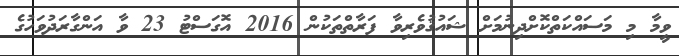
ވީމާ މި މަސައްކަތްކޮށްދިނުމަށް ޝައުޤުވެރިވާ ފަރާތްތަކުން 2016 އޮގަސްޓު 23 ވާ އަންގާރަދުވަހުގެ